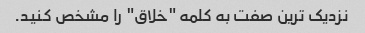
نزدیک ترین صفت به کلمه "خلاق" را مشخص کنید.